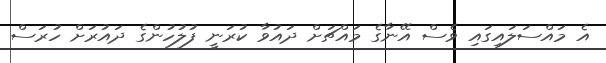
އެ މައްސަލައިގައި ވެސް އޭނާގެ މައްޗަށް ދައުވާ ކުރަނީ ފުލުހުންގެ ދައުރަށް ހުރަސް